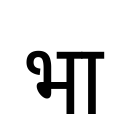
OCR:
भा